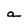
Character: a